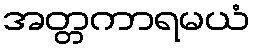
အတ္တကာရမယံ